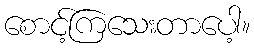
စောင့်ကြသေးတာပေါ့။